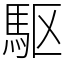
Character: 駆